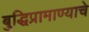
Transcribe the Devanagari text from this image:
बुद्धिप्रामाण्याचे